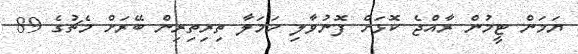
ޔަމަން ޓީމުން ރާއްޖެ ކޮޅަށް ފޮނުވާލި ހަމަލާ ތިރިތިރިން ބޭރަށް މެޗުގެ 89